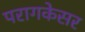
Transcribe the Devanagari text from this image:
परागकेसर